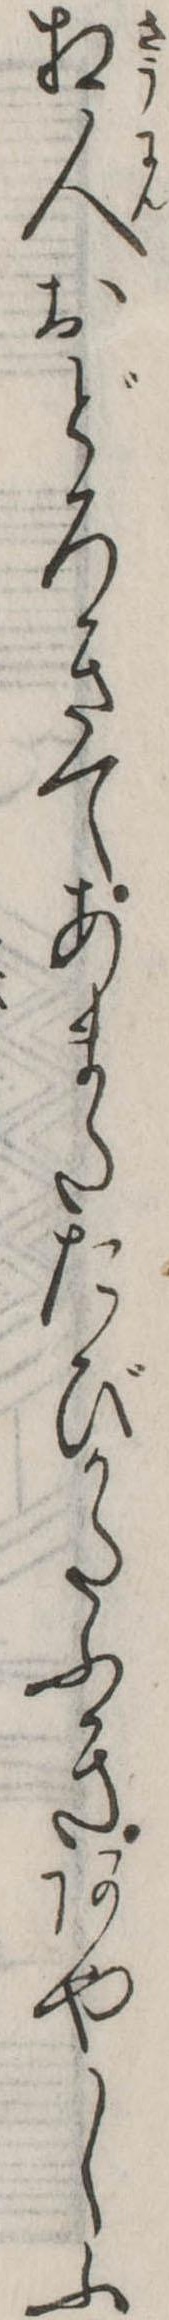
相人おどろきてあまたたびかたふきあやしふ